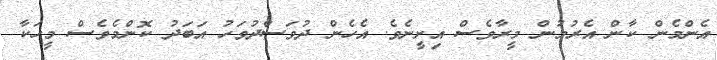
އެންމެން ކާން އެރުމުން މީރާވެސް އިށީނެވެ. އެހެން ދުވަސްދުވަހު އަބަދު ކޮންމެވެސް މީހަކާ